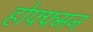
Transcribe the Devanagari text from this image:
होफ्फ्मन